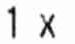
1 X